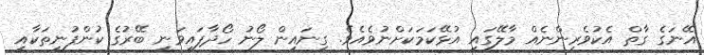
އޭނަގެ ގާތް އެކުވެރިންނެއް މާލޭގައި އުޅޭކަމަކަށްނުވެއެވެ. ގިނައިން ލޯނު ހޯދާފައިވަނީ ބޭރުގެ ކުންފުނިތަކާއި